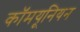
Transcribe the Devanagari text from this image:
कॉमयूनियन